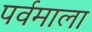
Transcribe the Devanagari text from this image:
पर्वमाला